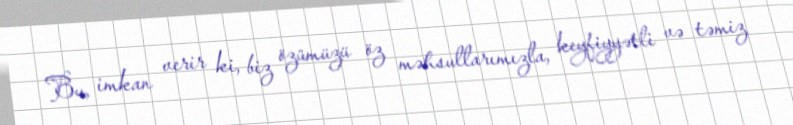
Bu, imkan verir ki, biz özümüzü öz məhsullarımızla, keyfiyyətli və təmiz